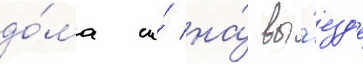
до́ма и́ на́ вы́езд'е